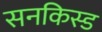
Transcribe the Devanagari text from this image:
सनकिस्ड